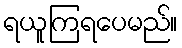
ရယူကြရပေမည်။